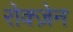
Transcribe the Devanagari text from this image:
रोक्ज़ेन